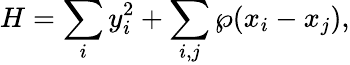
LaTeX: H=\sum_{i}y_{i}^{2}+\sum_{i,j}\wp(x_{i}-x_{j}),